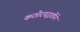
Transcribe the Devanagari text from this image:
कठोरपद्धतीने